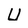
Character: U